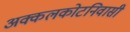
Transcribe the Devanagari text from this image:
अक्कलकोटनिवासी